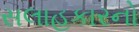
સલાહકારનો